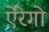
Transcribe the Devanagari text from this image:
ऐंरेगो